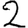
Digit: 2